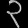
Digit: ၃